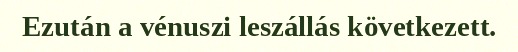
Ezután a vénuszi leszállás következett.